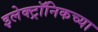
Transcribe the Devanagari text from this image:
इलेक्ट्रॉनिकच्या